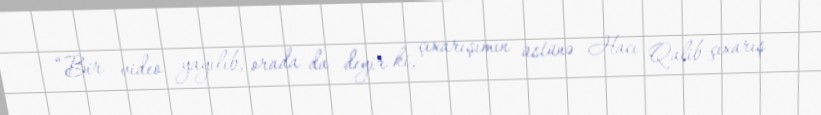
“Bir video yayılıb, orada da deyir ki, çıxarışımın üstünə Hacı Qalib çıxarış